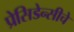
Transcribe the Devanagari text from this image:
प्रेसिडेन्सीचे